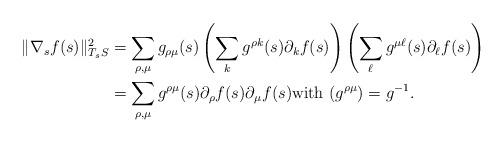
LaTeX: \begin{align*} \| \nabla_{s}f(s)\|_{T_{s}S}^2 &= \sum_{\rho,\mu}g_{\rho\mu}(s) \left(\sum_{k} g^{\rho k}(s)\partial_{k}f(s) \right)\left(\sum_{\ell} g^{\mu\ell}(s)\partial_{\ell}f(s) \right) \\ &=\sum_{\rho,\mu}g^{\rho\mu}(s) \partial_{\rho}f(s)\partial_{\mu}f(s) \mbox{with} \ (g^{\rho \mu})=g^{-1}. \end{align*}